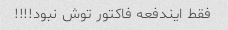
فقط ایندفعه فاکتور توش نبود!!!!